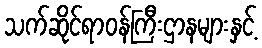
သက်ဆိုင်ရာဝန်ကြီးဌာနများနှင့်